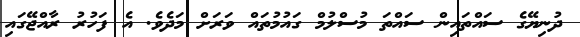
ދުނިޔޭގެ ސައްތައިން ސައްތަ މުސްލުމް ގައުމުތައް ވަރަށް މަދެވެ. އެ ފަހުރު ރާއްޖޭގައި